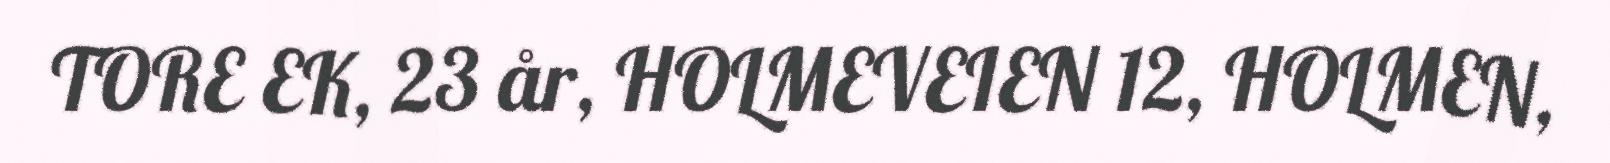
TORE EK, 23 år, HOLMEVEIEN 12, HOLMEN,